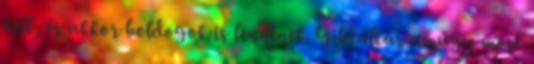
kell, és akkor boldogok is lennének. Gibraltár amúgy most